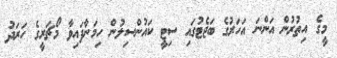
މީގެ އިތުރުން އަންނަ އަހަރުގެ ބަޖެޓުގައި ސިޓީ ކައުންސިލުން ހިމަނާފައިވާ މޯޗަރީގެ ހަރަދު